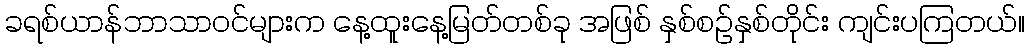
ခရစ်ယာန်ဘာသာဝင်များက နေ့ထူးနေ့မြတ်တစ်ခု အဖြစ် နှစ်စဉ်နှစ်တိုင်း ကျင်းပကြတယ်။